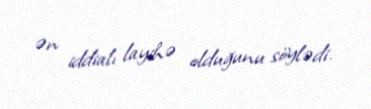
ən iddialı layihə olduğunu söylədi.